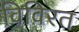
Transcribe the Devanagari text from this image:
विविरत